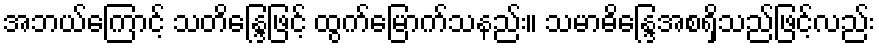
အဘယ်ကြောင့် သတိန္ဒြေဖြင့် ထွက်မြောက်သနည်း။ သမာဓိန္ဒြေအစရှိသည်ဖြင့်လည်း